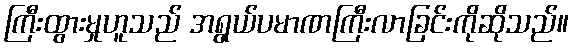
ကြီးထွားမှုဟူသည် အရွယ်ပမာဏကြီးလာခြင်းကိုဆိုသည်။